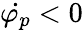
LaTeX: \dot{\varphi_{p}}<0